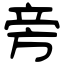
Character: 旁